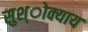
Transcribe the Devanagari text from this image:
सुश्ोक्याय